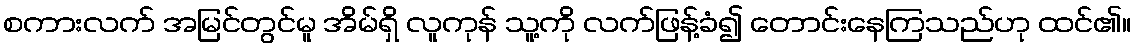
စကားလက် အမြင်တွင်မူ အိမ်ရှိ လူကုန် သူ့ကို လက်ဖြန့်ခံ၍ တောင်းနေကြသည်ဟု ထင်၏။